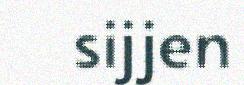
sijjen